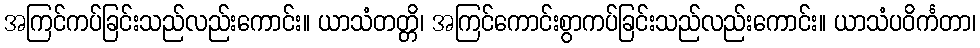
အကြင်ကပ်ခြင်းသည်လည်းကောင်း။ ယာသံတတ္တိ၊ အကြင်ကောင်းစွာကပ်ခြင်းသည်လည်းကောင်း။ ယာသံပဝိင်္ကတာ၊